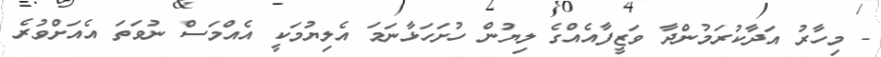
- މިހާރު އަދާކުރަމުންދާ ވަޒީފާއެއްގެ ލިޔުން ހުށަހަޅާނަމަ އެލިޔުމަކީ އެއްމަސް ނުވަތަ އެއަށްވުރެ